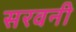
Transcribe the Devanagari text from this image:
सरवनी